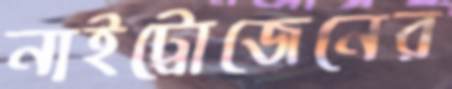
নাইট্রোজেনের